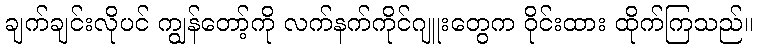
ချက်ချင်းလိုပင် ကျွန်တော့်ကို လက်နက်ကိုင်ဂျူးတွေက ဝိုင်းထား ထိုက်ကြသည်။